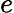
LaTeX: e